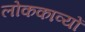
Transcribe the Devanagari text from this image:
लोककाव्यों